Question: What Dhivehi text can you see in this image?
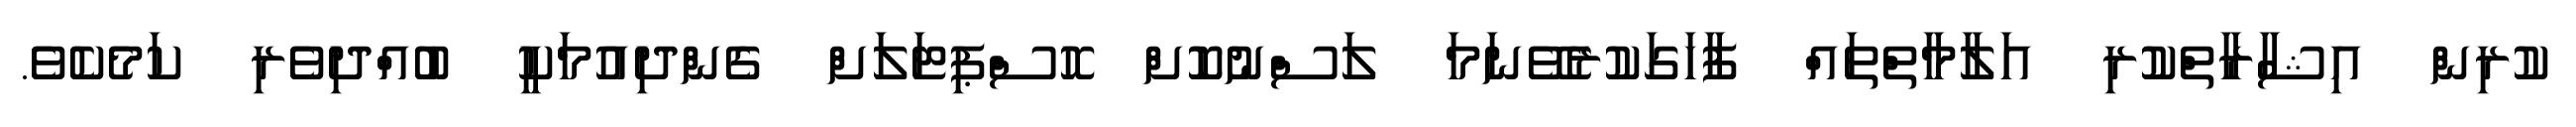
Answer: ކުރިން އިޝާރާތްކުރި އަލާމާތްތައް ފާހަގަކުރެވޭނަމަ ލަސްނުކޮށް ހޮސްޕިޓަލަށް ގެންދިއުމަކީ ބުއްދިވެރި ކަމެކެވެ.